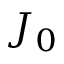
J _ { 0 }